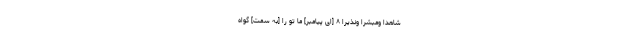
شَاهِدًا وَمُبَشِّرًا وَنَذِيرًا ۸ [اى پيامبر] ما تو را [به سمت] گواه